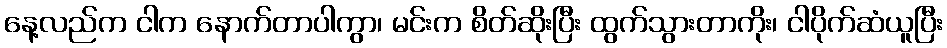
နေ့လည်က ငါက နောက်တာပါကွာ၊ မင်းက စိတ်ဆိုးပြီး ထွက်သွားတာကိုး၊ ငါပိုက်ဆံယူပြီး